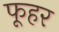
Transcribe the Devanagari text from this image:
फूहर